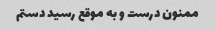
ممنون درست و به موقع رسید دستم